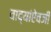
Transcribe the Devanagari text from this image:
वाद्यांऐवजी